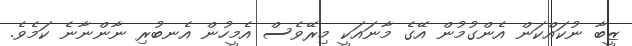
ޒީބާ ނުކައްކަން އެންގުމުން އޭގެ މާނައަކީ މިރޭވެސް އެމީހުން އެނބުރި ނާންނާނެ ކަމެވެ.